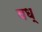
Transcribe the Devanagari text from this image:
वध्